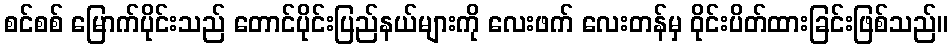
စင်စစ် မြောက်ပိုင်းသည် တောင်ပိုင်းပြည်နယ်များကို လေးဖက် လေးတန်မှ ဝိုင်းပိတ်ထားခြင်းဖြစ်သည်။